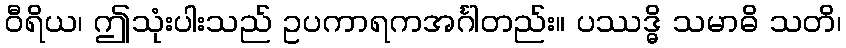
ဝီရိယ၊ ဤသုံးပါးသည် ဥပကာရကအင်္ဂါတည်း။ ပဿဒ္ဓိ သမာဓိ သတိ၊